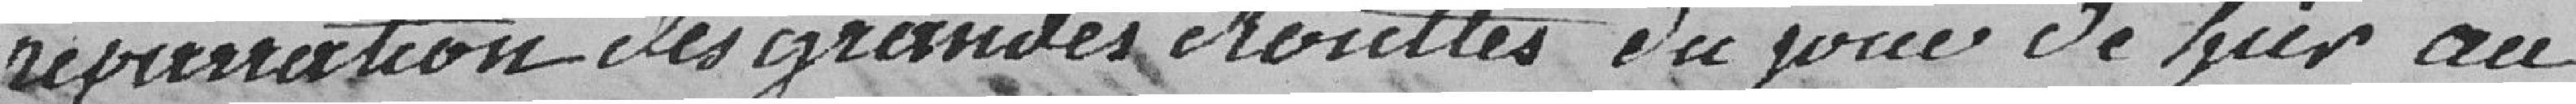
réparation des grandes chouettes du jour de hier au